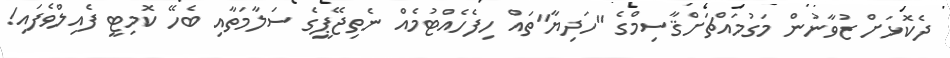
ދެކޮޅަށް ޒުވާނުން މަގުމައްޗަށްޤާސިމްގެ "ހަދިޔާ"ތައް ހިފެހެއްޓުމެއް ނެތިޖޭޕީގެ ސަލާމަތާއި ބެހޭ ކޮމިޓީ ފެއިލްވެފައި!